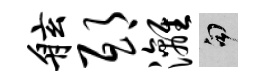
舷邸漓句